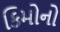
કિમોનો